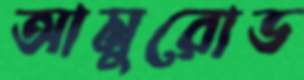
আমুরোড